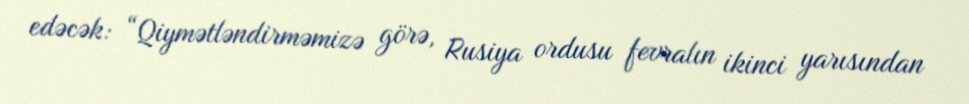
edəcək: “Qiymətləndirməmizə görə, Rusiya ordusu fevralın ikinci yarısından